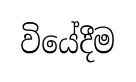
වියේදීම